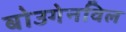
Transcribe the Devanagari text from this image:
बोउगेनविल